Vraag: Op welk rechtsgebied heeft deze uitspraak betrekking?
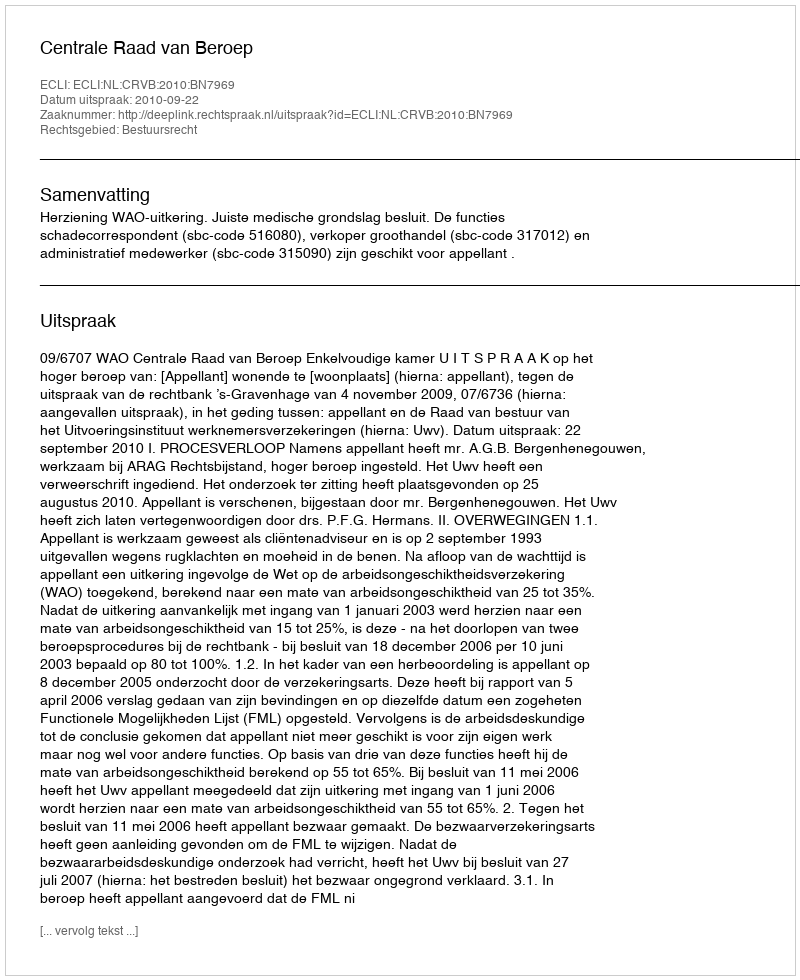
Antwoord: Bestuursrecht